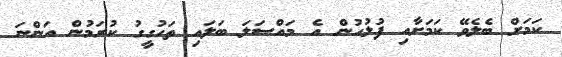
ކަމަށް ބެލެވޭ ކަމަށާއި ފުލުހުން އެ މައްސަލަ ބަލައި ތަހުގީގު ކުރަމުން އަންނަ